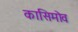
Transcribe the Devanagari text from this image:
कासिमोव